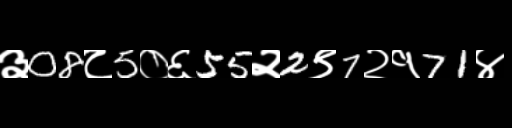
Text: ३08८5०६55२2९7२१71४